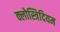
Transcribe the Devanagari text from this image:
क्लोस्त्रिदियम